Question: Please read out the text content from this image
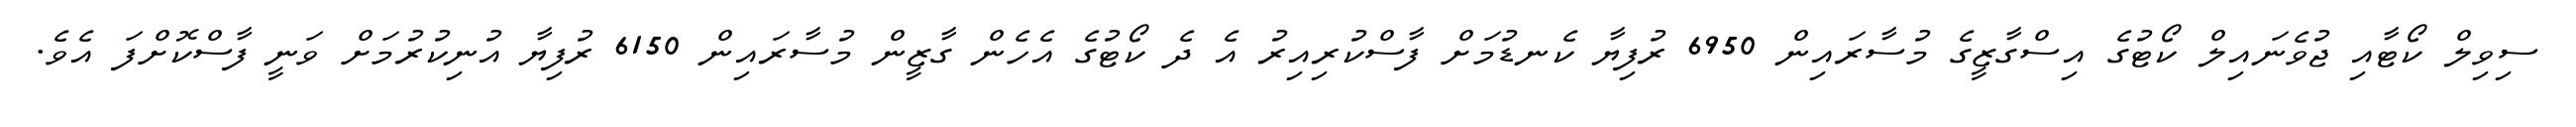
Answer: ސިވިލް ކޯޓާއި ޖުވެނައިލް ކޯޓުގެ އިސްގާޒީގެ މުސާރައިން 6950 ރުފިޔާ ކެނޑުމަށް ފާސްކުރިއިރު އެ ދެ ކޯޓުގެ އެހެން ގާޒީން މުސާރައިން 6150 ރުފިޔާ އުނިކުރުމަށް ވަނީ ފާސްކޮށްފަ އެވެ.